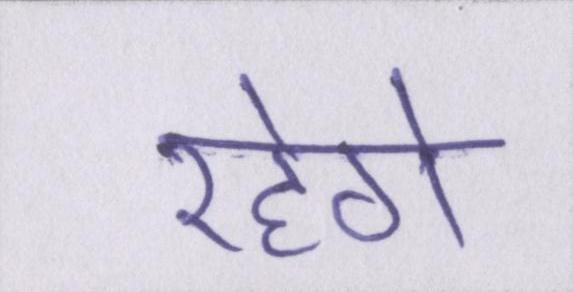
रहेगे